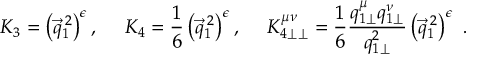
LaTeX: K _ { 3 } = \left( \vec { q } _ { 1 } ^ { \: 2 } \right) ^ { \epsilon } , \ \ \ \ K _ { 4 } = \frac { 1 } { 6 } \left( \vec { q } _ { 1 } ^ { \: 2 } \right) ^ { \epsilon } , \ \ \ \ K _ { 4 \perp \perp } ^ { \mu \nu } = \frac { 1 } { 6 } \frac { q _ { 1 \perp } ^ { \mu } q _ { 1 \perp } ^ { \nu } } { q _ { 1 \perp } ^ { 2 } } \left( \vec { q } _ { 1 } ^ { \: 2 } \right) ^ { \epsilon } ~ .